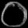
Digit: ၀